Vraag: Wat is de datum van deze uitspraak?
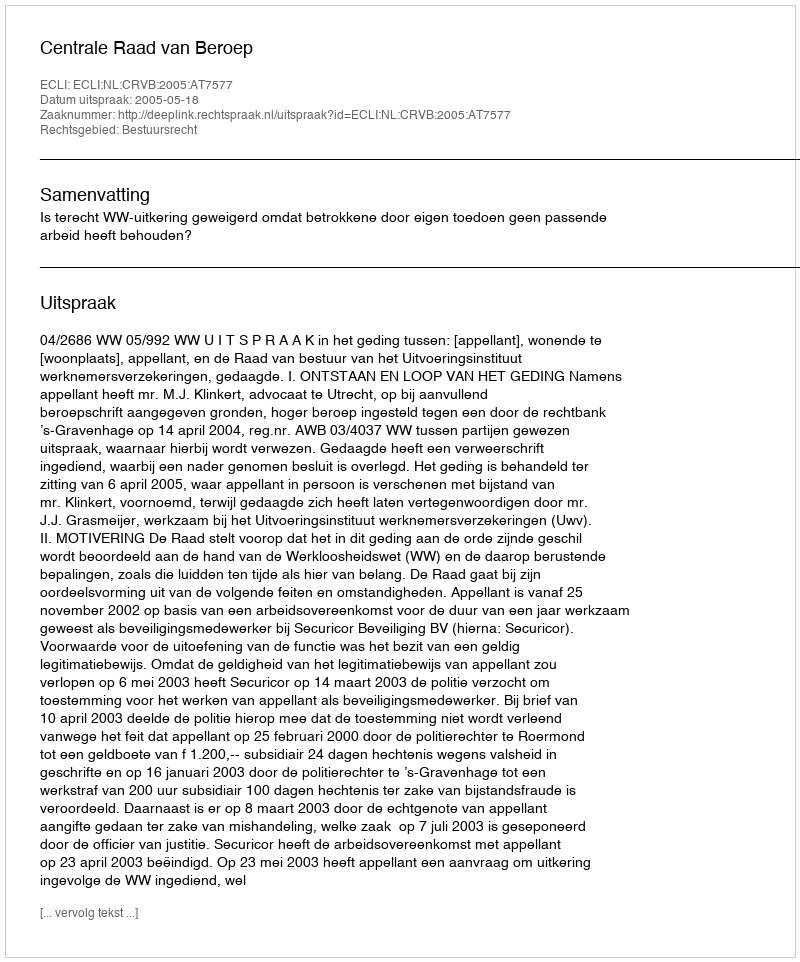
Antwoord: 2005-05-18